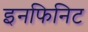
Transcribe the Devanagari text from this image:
इनफिनिट